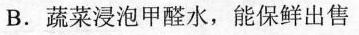
B.蔬菜浸泡甲醛水，能保鲜出售